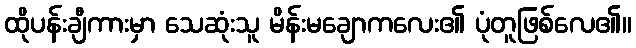
ထိုပန်းချီကားမှာ သေဆုံးသူ မိန်းမချောကလေး၏ ပုံတူဖြစ်လေ၏။